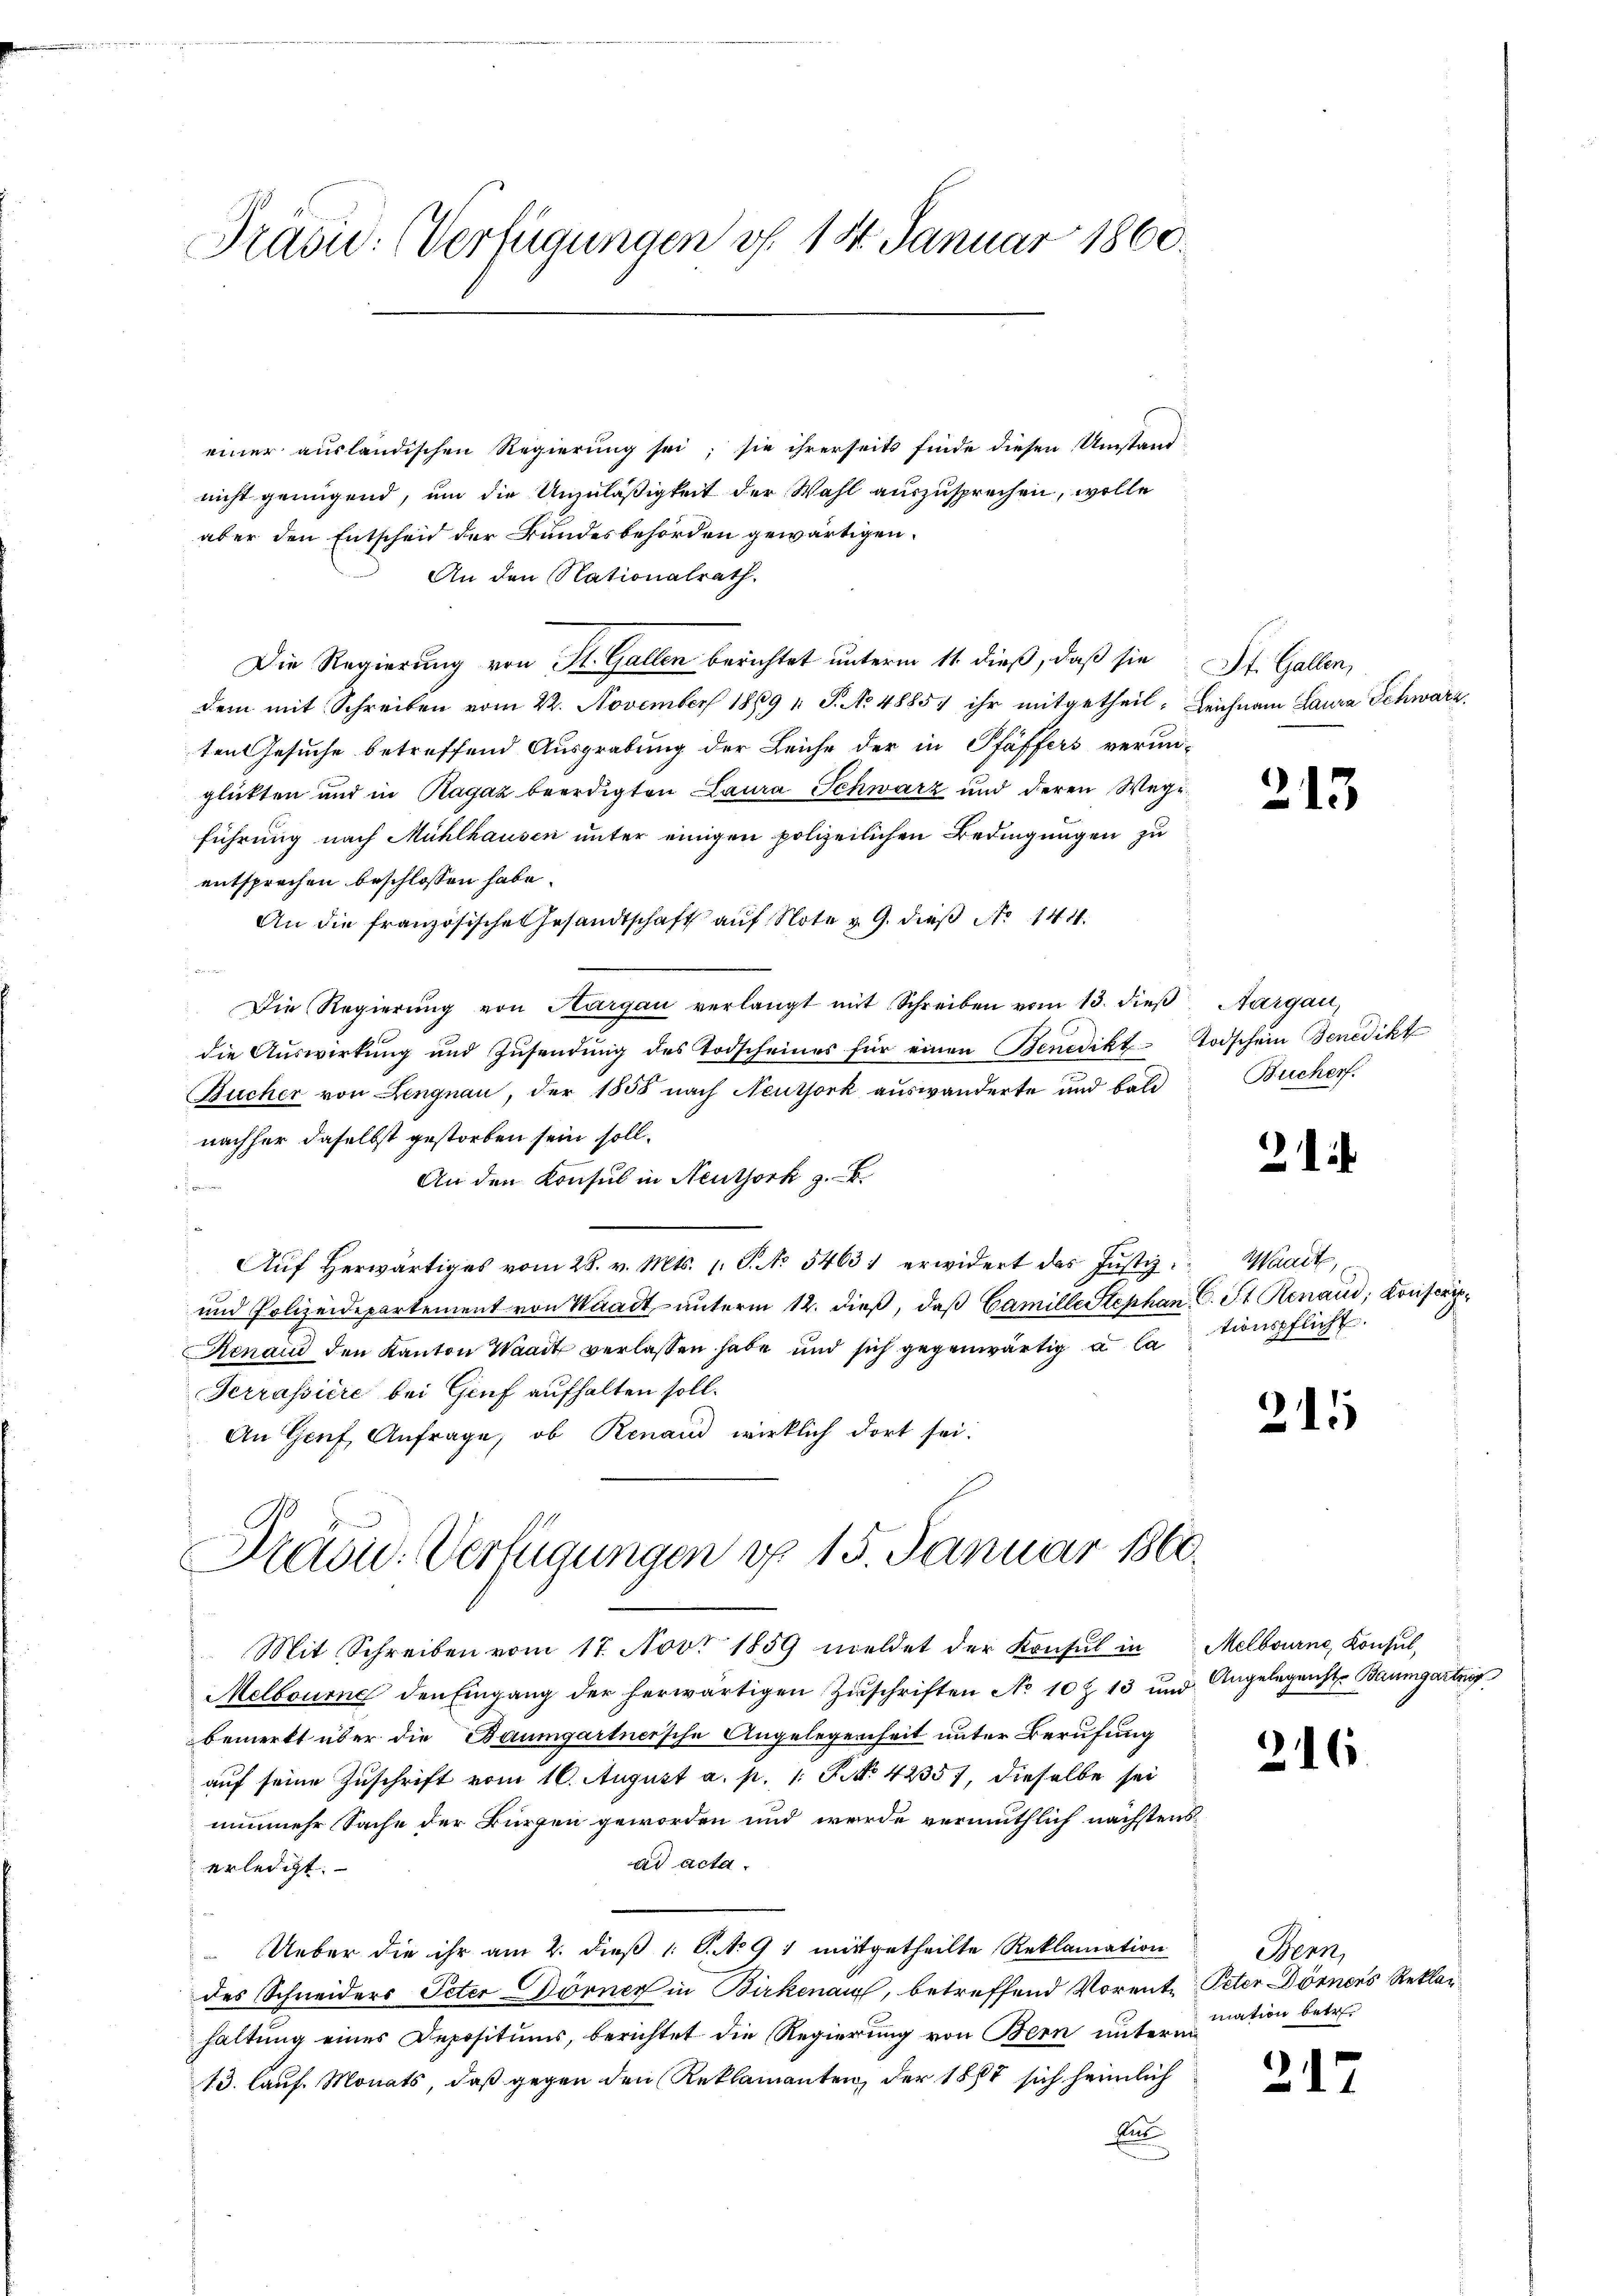
Praši: Verfügungen v. 18. Januar 1860.

einer ausländischen Regierung sei; sie ihrerseits finde diesen Umstand
nicht genügend, um die Unzuläßigkeit der Wahl auszusprechen, wolle
aber den Entscheid der Bundesbehörden gewärtigen.
An den Nationalrath.
Die Regierung von St. Gallen berichtet unterm 11. dieß, daß sie St. Gallen,
dem mit Schreiben vom 22. November 1869 1 S. No 4885) ihr mitgetheil. Leichnam Laura Schwarz
ten Gesuche betreffend Ausgrabung der Leiche der in Pfäffers verun-
glückten und in Ragaz beerdigten Laura Schwarz und deren Wegeführung nach Mühlhausen unter einigen polizeilichen Bedingungen zu
entsprechen beschlossen habe.
An die französische Gesandtschaft auf Note u. 9. dieß No 144.
e
Die Regierŭng von Aargau verlangt mit Schreiben vom 13. dieβ Aargau,
die Auswirkung und Zŭsendŭng des Todscheines für einen Benedikt- Todschein Benedikt
Bucher von Lengnau, der 1858 nach Neutjork auswanderte und bald Bucher
nachher daselbst gestorben sein soll.
An den Konsul in Neuthork z. B
1
Aŭf herwärtiges vom 28. v. Mts. 1. P. Nr. 54631 erwidert das Justiz - Waadt,
und Polizeidepartement von Waadt, unterm 12. dieß, daß Camille Stephan C. St. Renau, Konscrip¬
Renaud den Kanton Waadt verlassen habe und sich gegenwärtig u la tenpflicht.
Serrassiere bei Genf aufhalten soll.
An Genf Anfrage, ob Renaud wirklich dort sei:
Prasi- Verfügungen d. 15. Januar 1860.
Mit Schreiben vom 17. Nov. 1859 meldet der Konsul in Melbourne Konsul,
Melbourne den Eingang der herwärtigen Zuschriften No 10 Z. 13 und Angelegenste Baumgartnif
bemerkt über die Baumgartnersche Angelegenheit unter Berufung
auf seine Zuschrift vom 16. August a. p. 1. P. No. 42357, dieselbe sei
nunmehr Sache der Bürgen geworden und wurde vermuthlich nächstensad acta.
erledigt.
Ueber die ihr am 2. dieß 1 S. No 91 mitgetheilte Reklamation
des Schneiders Peter Dörner in Birkenau, betreffend Vorente Peter Dömers Reklahaltung eines Depositums, berichtet die Regierung von Bern unterm
13. lauf Monats, daß gegen den Reklamanten, der 1887 sich heimlich
Ei

213

21

215

216.

Bern,
mation betr

317